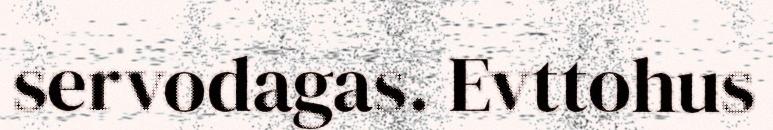
servodagas. Evttohus